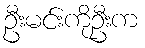
ဦးမင်းကိုဦးက